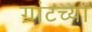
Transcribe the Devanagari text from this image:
ग्रांटच्या